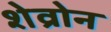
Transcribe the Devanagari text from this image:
शेव्रोन